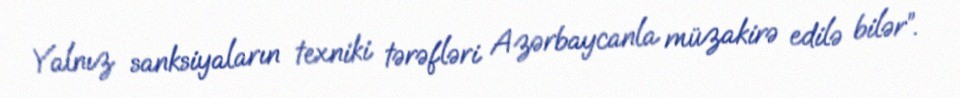
Yalnız sanksiyaların texniki tərəfləri Azərbaycanla müzakirə edilə bilər”.